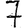
Digit: 7